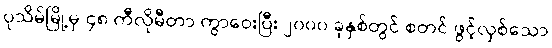
ပုသိမ်မြို့မှ ၄၈ ကီလိုမီတာ ကွာဝေးပြီး ၂၀၀၀ ခုနှစ်တွင် စတင် ဖွင့်လှစ်သော